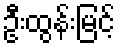
ဦးထွန်းမြင့်